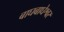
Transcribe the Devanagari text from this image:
बाघबाघेश्वर